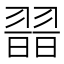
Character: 𦑾